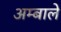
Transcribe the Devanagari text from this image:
अम्बाले